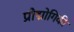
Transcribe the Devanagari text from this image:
प्रौद्मोगिकी